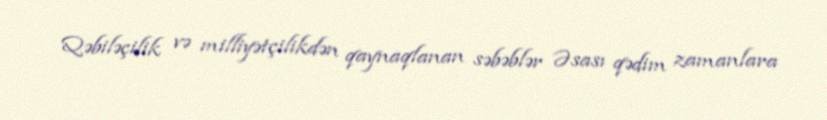
Qəbiləçilik və milliyətçilikdən qaynaqlanan səbəblər Əsası qədim zamanlara